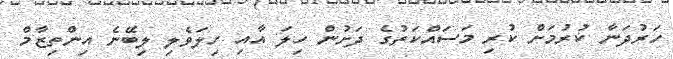
ހަރުދަނާ ކުރުމަށް ކުރި މަސައްކަތުގެ ދަށުން ހިލަ އާއި ހިލަވެލި ލިބޭނެ އިންތިޒާމް